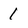
Character: 1